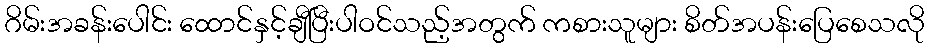
ဂိမ်းအခန်းပေါင်း ထောင်နှင့်ချီပြီးပါဝင်သည့်အတွက် ကစားသူများ စိတ်အပန်းပြေစေသလို